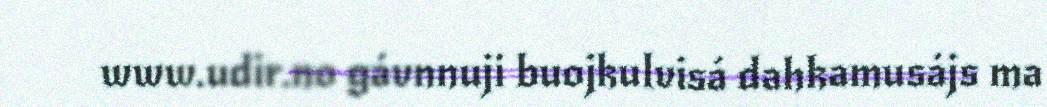
www.udir.no gávnnuji buojkulvisá dahkamusájs ma